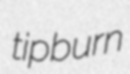
tipburn